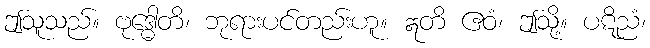
ဤသူသည်။ ဗုဒ္ဓေါတိ၊ ဘုရားပင်တည်းဟူ။ ဣတိ ဧဝံ၊ ဤသို့။ ပဋိညံ၊